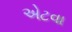
એટવા